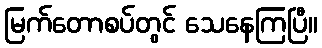
မြက်တောစပ်တွင် သေနေကြပြီ။